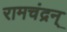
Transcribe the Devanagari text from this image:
रामचंद्रन्‌